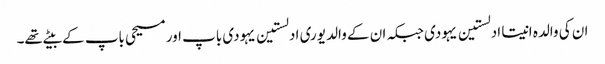
ان کی والدہ انیتا ادلستین یہودی جبکہ ان کے والد یوری ادلستین یہودی باپ اور مسیحی باپ کے بیٹے تھے۔